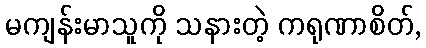
မကျန်းမာသူကို သနားတဲ့ ကရုဏာစိတ်,